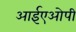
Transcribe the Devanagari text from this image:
आईएओपी